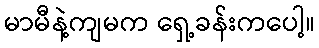
မာမီနဲ့ကျမက ရှေ့ခန်းကပေါ့။